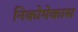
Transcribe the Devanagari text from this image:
निकोमेकास